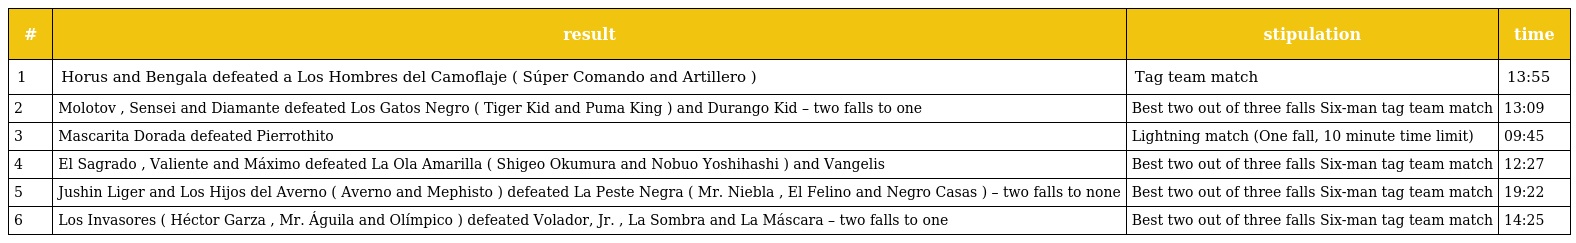
| # | result | stipulation | time |
 | --- | --- | --- | --- |
 | 1 | Horus and Bengala defeated a Los Hombres del Camoflaje ( Súper Comando and Artillero ) | Tag team match | 13:55 |
 | 2 | Molotov , Sensei and Diamante defeated Los Gatos Negro ( Tiger Kid and Puma King ) and Durango Kid – two falls to one | Best two out of three falls Six-man tag team match | 13:09 |
 | 3 | Mascarita Dorada defeated Pierrothito | Lightning match (One fall, 10 minute time limit) | 09:45 |
 | 4 | El Sagrado , Valiente and Máximo defeated La Ola Amarilla ( Shigeo Okumura and Nobuo Yoshihashi ) and Vangelis | Best two out of three falls Six-man tag team match | 12:27 |
 | 5 | Jushin Liger and Los Hijos del Averno ( Averno and Mephisto ) defeated La Peste Negra ( Mr. Niebla , El Felino and Negro Casas ) – two falls to none | Best two out of three falls Six-man tag team match | 19:22 |
 | 6 | Los Invasores ( Héctor Garza , Mr. Águila and Olímpico ) defeated Volador, Jr. , La Sombra and La Máscara – two falls to one | Best two out of three falls Six-man tag team match | 14:25 |